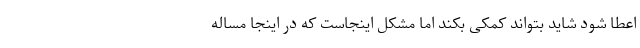
اعطا شود شاید بتواند کمکی بکند اما مشکل اینجاست که در اینجا مساله